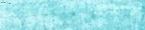
BestPrices